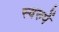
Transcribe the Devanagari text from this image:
स्वरुपें